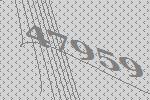
47959